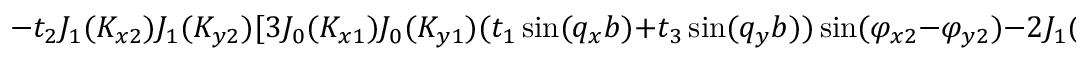
- t _ { 2 } J _ { 1 } ( K _ { x 2 } ) J _ { 1 } ( K _ { y 2 } ) [ 3 J _ { 0 } ( K _ { x 1 } ) J _ { 0 } ( K _ { y 1 } ) ( t _ { 1 } \sin ( q _ { x } b ) + t _ { 3 } \sin ( q _ { y } b ) ) \sin ( \varphi _ { x 2 } - \varphi _ { y 2 } ) - 2 J _ { 1 } ( K _ { x 1 } ) J _ { 1 } ( K _ { y 1 } )